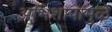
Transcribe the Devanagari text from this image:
अभिशापामुळे